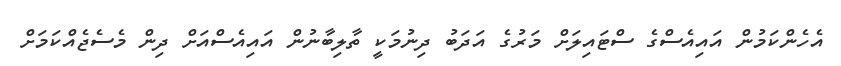
އެހެންކަމުން އައިއެސްގެ ސްޓައިލަށް މަރުގެ އަދަބު ދިނުމަކީ ތާލިބާނުން އައިއެސްއަށް ދިން މެސެޖެއްކަމަށް